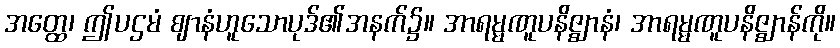
အတ္ထေ၊ ဤပဌမံ ဈာနံဟူသောပုဒ်၏အနက်၌။ အာရမ္မဏူပနိဇ္ဈာနံ၊ အာရမ္မဏူပနိဇ္ဈာန်ကို။